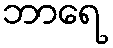
ဘာရေ